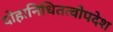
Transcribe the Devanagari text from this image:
दोहानिधितत्वोपदेश